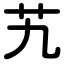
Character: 艽